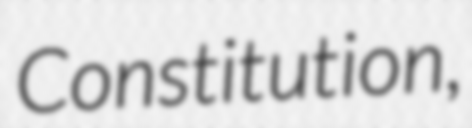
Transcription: Constitution,